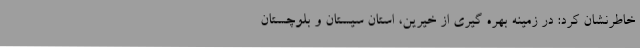
خاطرنشان کرد: در زمینه بهره گیری از خیرین، استان سیستان و بلوچستان